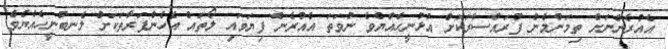
އެއުރެންނަށް ތިމަންމެން ފުރައްސާރަކޮށް އުޅުނީހެއްޔެވެ ނުވަތަ އެއުރެން ފިޔަވައި ލޯތައް އެހެންފަރާތަކަށް ލެނބުނީހެއްޔެވެ